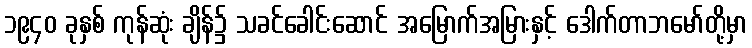
၁၉၄၀ ခုနှစ် ကုန်ဆုံး ချိန်၌ သခင်ခေါင်းဆောင် အမြောက်အမြားနှင့် ဒေါက်တာဘမော်တို့မှာ